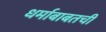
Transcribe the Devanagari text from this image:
धर्माबाबतची